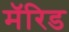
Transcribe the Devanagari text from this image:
मॅरिड